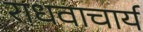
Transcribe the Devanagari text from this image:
राधवाचार्य